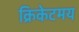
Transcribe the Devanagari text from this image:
क्रिकेटमय